Annual administration report of the Civil Veterinary Department of India - 1897-1898
Year: 1897
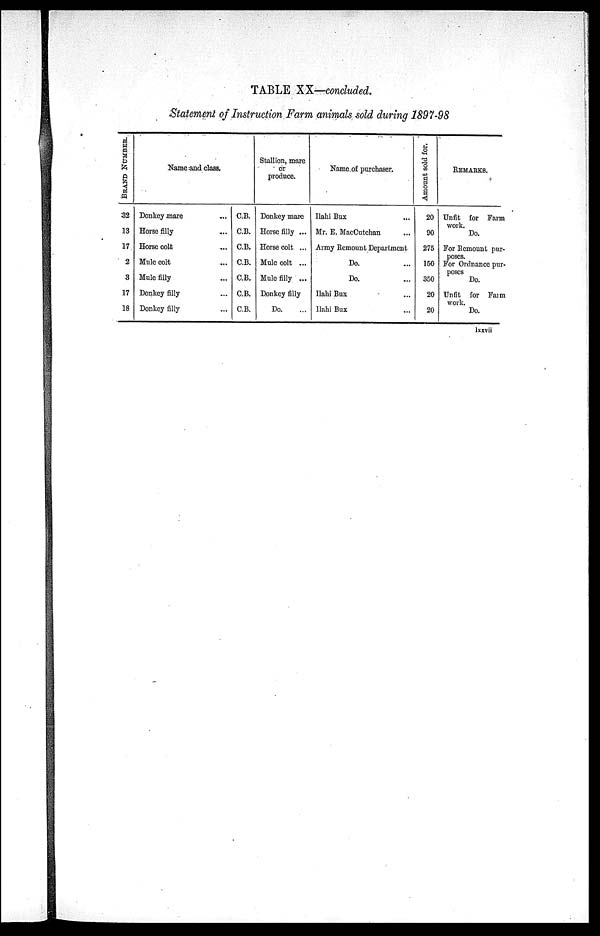
TABLE XX—concluded.
Statement of Instruction Farm animals sold during 1897-98
BRAND NUMBER.
32
13
17
2
3
17
18
Name and class.
Donkey mare ...
Horse filly ...
Horse colt ...
Mule colt ...
Mule filly ...
Donkey filly ...
Donkey filly ...
C.B.
C.B.
C.B.
C.B.
C.B.
C.B.
C.B.
Stallion, mare
or
produce.
Donkey marc
Horse filly ...
Horse colt ...
Mule colt ...
Mule filly ...
Donkey filly
Do. ...
Name of purchaser.
Ilahi Bux ...
Mr. E. MacCutchan ...
Army Remount Department
Do. ...
Do. ...
Ilahi Bux ...
Ilahi Bux ...
Amount sold for.
20
90
275
150
350
20
20
REMARKS.
Unfit for Farm
work.
Do.
For Remount pur-
poses.
For Ordnance pur-
poses
Do.
Unfit for Farm
work.
Do.
lxxvii